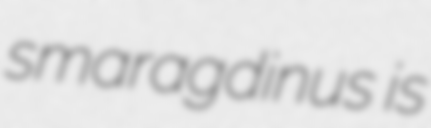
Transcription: smaragdinus is